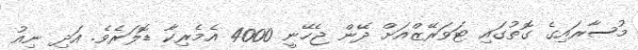
މުސާރައިގެ ގޮތުގައި ޓަވަރޭޒްއަށް ދޭން ޖެހޭނީ 4000 އެމެރިކާ ޑޮލަރެވެ. އަދި ނިއު